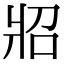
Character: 㸛